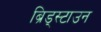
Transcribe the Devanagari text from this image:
ब्रिड्स्टाउन